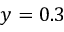
y = 0 . 3